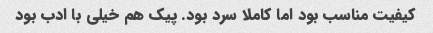
کیفیت مناسب بود اما کاملا سرد بود. پیک هم خیلی با ادب بود